King Institute of Preventive Medicine Bacteriolog. Section reports 1907-08
Year: 1907
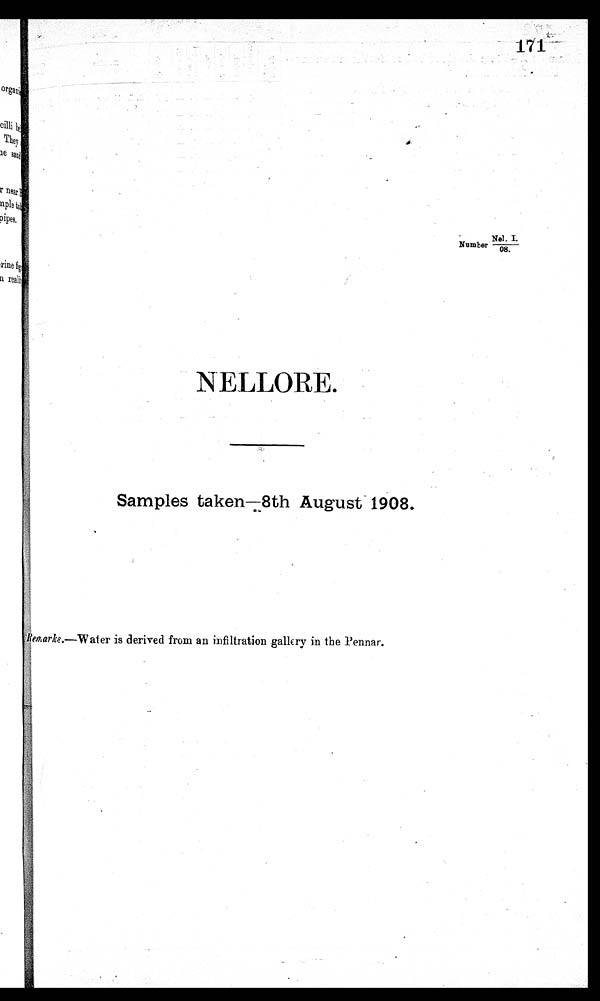
171-
Number Nel . I.
/08.
NELLORE.
Samples taken—8th August 1908.
Remarks.—Water is derived from an infiltration gallery in the Pennar.